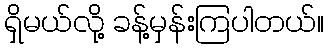
ရှိမယ်လို့ ခန့်မှန်းကြပါတယ်။